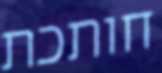
חותכת